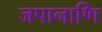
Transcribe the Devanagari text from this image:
जपानाणि